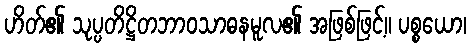
ဟိတ်၏ သုပ္ပတိဋ္ဌိတဘာဝသာဓနမူလ၏ အဖြစ်ဖြင့်။ ပစ္စယော၊